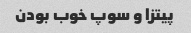
پیتزا و سوپ خوب بودن